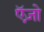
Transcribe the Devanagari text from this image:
ऍज़ो